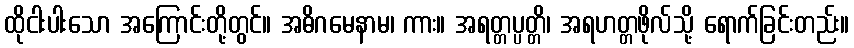
ထိုငါးပါးသော အကြောင်းတို့တွင်။ အဓိဂမေနာမ၊ ကား။ အရတ္တပ္ပတ္တိ၊ အရဟတ္တဖိုလ်သို့ ရောက်ခြင်းတည်း။